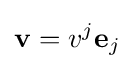
\mathbf {v} =v^{j}\mathbf {e} _{j}